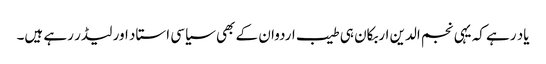
یاد رہے کہ یہی نجم الدین اربکان ہی طیب اردوان کے بھی سیاسی استاد اور لیڈر رہے ہیں۔